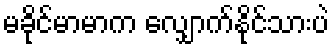
မခိုင်မာမာက လျှောက်နိုင်သားပဲ